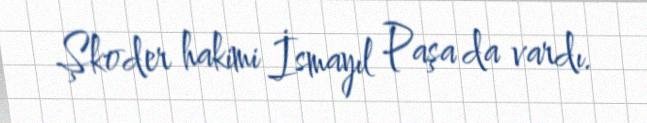
Şkoder hakimi İsmayıl Paşa da vardı.